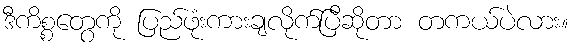
ဒီကိစ္စတွေကို ပြည်ဖုံးကားချလိုက်ပြီဆိုတာ တကယ်ပဲလား။